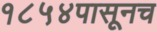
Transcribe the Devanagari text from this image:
१८५४पासूनच